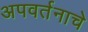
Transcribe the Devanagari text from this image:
अपवर्तनाचे